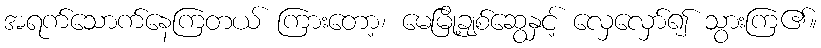
အရက်သောက်နေကြတယ် ကြားတော့၊ မေမြို့ချစ်ဆွေနှင့် လှေလှော်၍ သွားကြ၏။